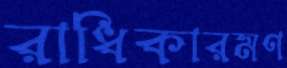
রাধিকারমণ